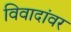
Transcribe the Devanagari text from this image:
विवादांवर